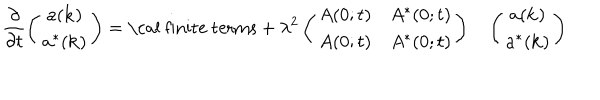
LaTeX: \frac { \partial } { \partial t } \left( \begin{array} { c } { { a ( { \bf k } ) } } \\ { { a ^ { * } ( { \bf k } ) } } \\ \end{array} \right) = \mathrm { \cal ~ f i n i t e ~ t e r m s } + \lambda ^ { 2 } \left( \begin{array} { c c } { { A ( 0 ; t ) } } & { { A ^ { * } ( 0 ; t ) } } \\ { { A ( 0 ; t ) } } & { { A ^ { * } ( 0 ; t ) } } \\ \end{array} \right) \ \; \; \left( \begin{array} { c } { { a ( { \bf k } ) } } \\ { { a ^ { * } ( { \bf k } ) } } \\ \end{array} \right)